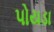
પોયડા